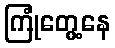
ကြုံတွေ့နေ